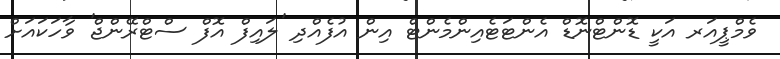
ވެމްޕީއަރ އަކީ ޑޮންޓްނޮޑް އެންޓަޓެއިންމެންޓް އިން އުފެއްދި 'ލައިފް އޮފް ސްޓްރޭންޖް' ވާހަކައަށް